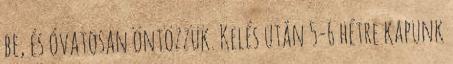
be, és óvatosan öntözzük. Kelés után 5-6 hétre kapunk